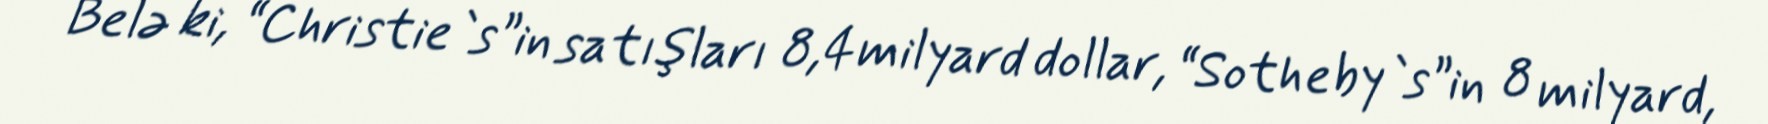
Belə ki, “Christie`s”in satışları 8,4 milyard dollar, “Sotheby`s”in 8 milyard,